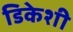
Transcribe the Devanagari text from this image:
डिकेशी